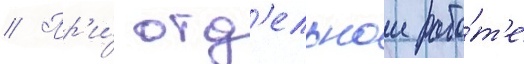
// Пр'и́ отд'ельнои рабо́т'е